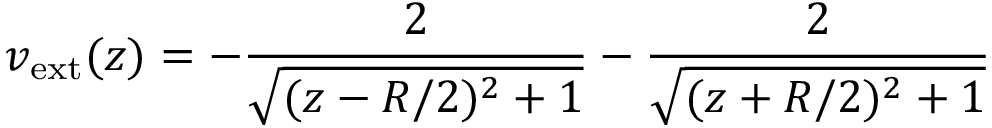
v _ { \mathrm { e x t } } ( z ) = - \frac { 2 } { \sqrt { ( z - R / 2 ) ^ { 2 } + 1 } } - \frac { 2 } { \sqrt { ( z + R / 2 ) ^ { 2 } + 1 } }